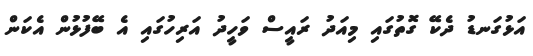
އަޅުގަނޑު ދެކޭ ގޮތުގައި މިއަދު ރައީސް ވަހީދު އަރިހުގައި އެ ބޭފުޅުން އެކަން